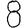
Digit: 8